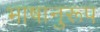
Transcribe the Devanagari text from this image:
भाषानुरूप